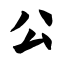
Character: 公